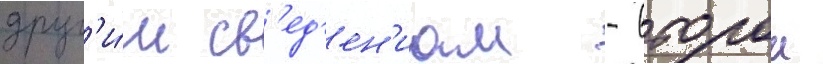
друг'и́м св'ед'ен'иам - второи